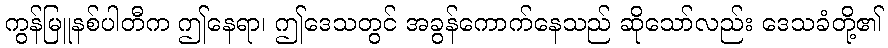
ကွန်မြူနစ်ပါတီက ဤနေရာ၊ ဤဒေသတွင် အခွန်ကောက်နေသည် ဆိုသော်လည်း ဒေသခံတို့၏